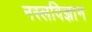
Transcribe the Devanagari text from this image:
नस्लविज्ञान